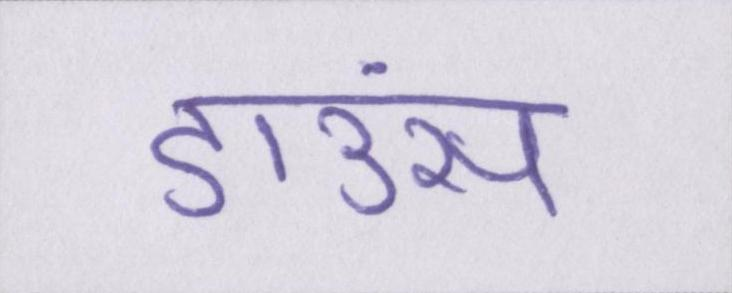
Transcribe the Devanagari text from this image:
डाउंस